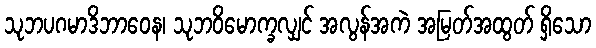
သုဘပဂမာဒိဘာဝေန၊ သုဘဝိမောက္ခလျှင် အလွန်အကဲ အမြတ်အထွတ် ရှိသော